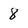
Character: 8